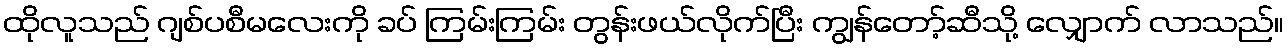
ထိုလူသည် ဂျစ်ပစီမလေးကို ခပ် ကြမ်းကြမ်း တွန်းဖယ်လိုက်ပြီး ကျွန်တော့်ဆီသို့ လျှောက် လာသည်။